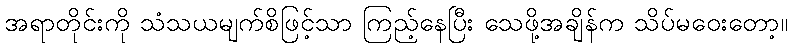
အရာတိုင်းကို သံသယမျက်စိဖြင့်သာ ကြည့်နေပြီး သေဖို့အချိန်က သိပ်မဝေးတော့။